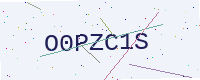
Text: O0PZC1S